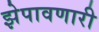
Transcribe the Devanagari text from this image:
झेपावणारी